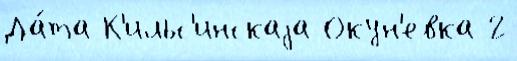
Да́та К'ильс'инскаjа Окун'евка 2